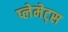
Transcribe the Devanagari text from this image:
प्लेमेट्स